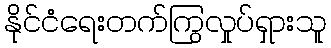
နိုင်ငံရေးတက်ကြွလှုပ်ရှားသူ